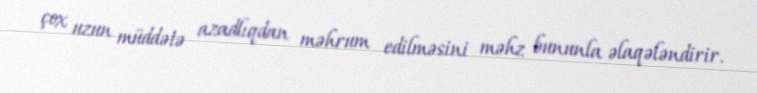
çox uzun müddətə azadlıqdan məhrum edilməsini məhz bununla əlaqələndirir.